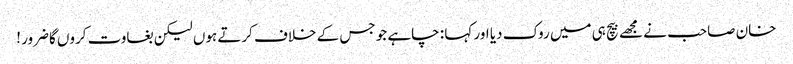
خان صاحب نے مجھے بیچ ہی میں روک دیا اور کہا : چاہے جو جس کے خلاف کرتے ہوں لیکن بغاوت کروں گاضرور !